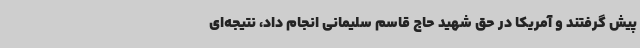
پیش گرفتند و آمریکا در حق شهید حاج قاسم سلیمانی انجام داد، نتیجه‌ای